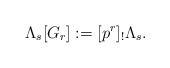
\begin{align*}\Lambda_s[G_r]:=[p^{r}]_!\Lambda_s.\end{align*}